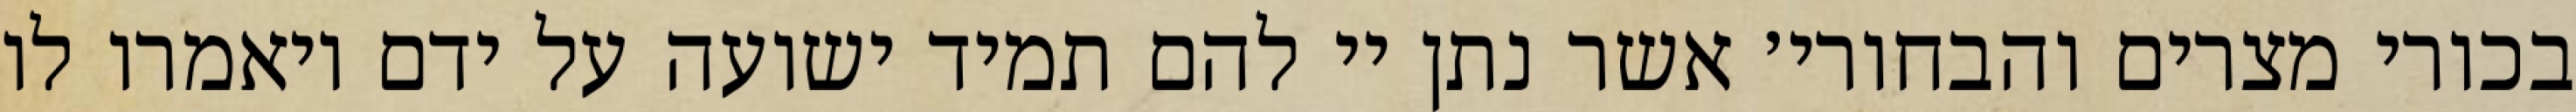
בכורי מצרים והבחורי׳ אשר נתן יי להם תמיד ישועה על ידם ויאמרו לו